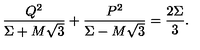
{ \frac { Q ^ { 2 } } { \Sigma + M \sqrt { 3 } } } + { \frac { P ^ { 2 } } { \Sigma - M \sqrt { 3 } } } = { \frac { 2 \Sigma } { 3 } } .